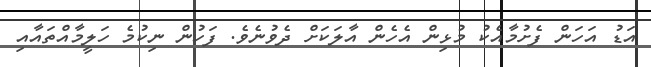
އަޑު އަހަން ފެށުމާއެކު މުޅިން އެހެން އާލަކަށް ދެވުނެވެ. ފަހުން ނިކުމެ ހަލީމާއްތައާއި